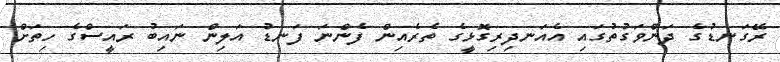
ރޭގަނޑުގެ ދަންވަގުތުގައި އެއަނދިރިގޮޅީގެ ތެރެއިން ފެންނަ ފަނޑު އަލިން ނައިބު ރައީސްގެ ހިތަށް